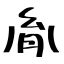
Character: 胤